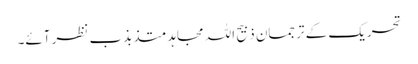
تحریک کے ترجمان ذبیح اللہ مجاہد متذبذب نظر آئے۔